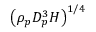
\left( \rho _ { p } D _ { p } ^ { 3 } H \right) ^ { 1 / 4 }